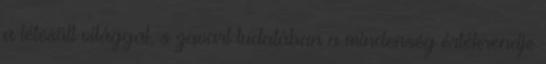
a létesült világgal, s zavart tudatában a mindenség értékrendje